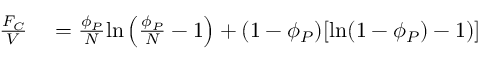
\begin{array} { r l } { \frac { F _ { C } } { V } } & { { } = \frac { \phi _ { P } } { N } \mathrm { l n } \left( \frac { \phi _ { P } } { N } - 1 \right) + ( 1 - \phi _ { P } ) [ \mathrm { l n } ( 1 - \phi _ { P } ) - 1 ) ] } \end{array}